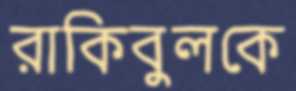
রাকিবুলকে